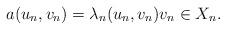
LaTeX: \begin{align*}a(u_n, v_n) =\lambda_n (u_n, v_n) v_n \in X_n.\end{align*}